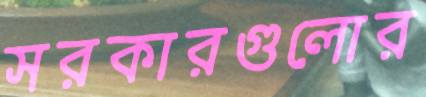
সরকারগুলোর